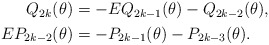
\begin{align*}\begin{aligned}Q_{2 k}(\theta) &=-E Q_{2 k-1}(\theta)-Q_{2 k-2}(\theta), \\E P_{2 k-2}(\theta) &=-P_{2 k-1}(\theta)-P_{2 k-3}(\theta) .\end{aligned}\end{align*}